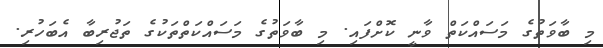
މި ބާވަތުގެ މަސައްކަތް ވާނީ ކޮށްފައި. މި ބާވަތުގެ މަސައްކަތްތަކުގެ ތަޖުރިބާ އެބަހުރި.